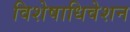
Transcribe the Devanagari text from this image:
विशेषाधिवेशन